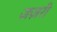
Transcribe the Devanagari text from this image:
ज़ज़री